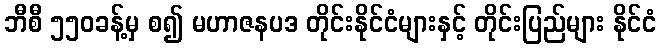
ဘီစီ ၅၅၀ခန့်မှ စ၍ မဟာဇနပဒ တိုင်းနိုင်ငံများနှင့် တိုင်းပြည်များ နိုင်ငံ